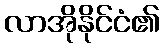
လာအိုနိုင်ငံ၏